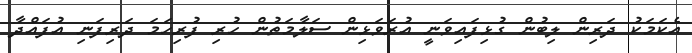
އެކަމަކު ދަރިން ލިބުން ގުޅިފައިވަނީ އުރަވަޅިން ސަލާމަތުން ހުރި ފުރިހަމަ ދަރިފަނި އުފައްދާ